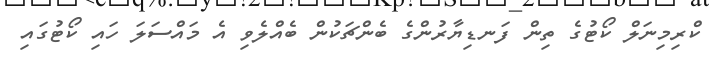
ކްރިމިނަލް ކޯޓުގެ ތިން ފަނޑިޔާރުންގެ ބެންޗަކުން ބެއްލެވި އެ މައްސަލަ ހައި ކޯޓުގައި